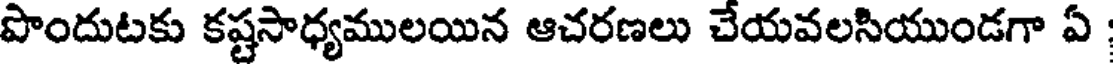
పొందుటకు కష్టసాధ్యములయిన ఆచరణలు చేయవలసియుండగా ఏ